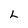
Character: L